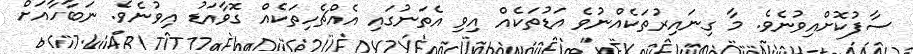
ސާފުކޮށްއިވުނެވެ. މާ ގިނައިރުތަކެއްނުވެ އަޑުތަކެއް އިވި އެތަނުގައި އެއްޗެހިތަކެއް ގޮވާއަޑު އިވުނެވެ. ނަބާހާއަށް